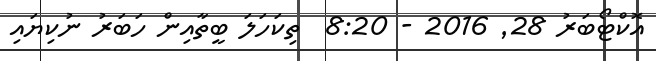
އޮކްޓޯބަރު 28